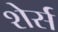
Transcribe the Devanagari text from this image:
शेर्स